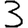
Digit: 3